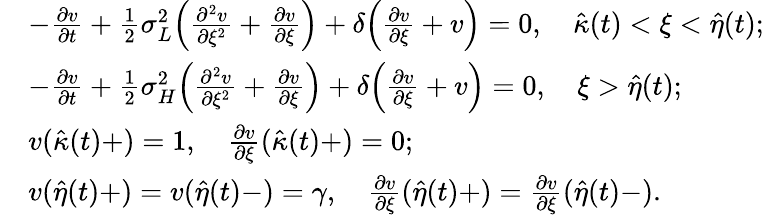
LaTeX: \begin{array}{rl}&{-\frac{\partial v}{\partial t}+\frac 12\sigma_{L}^{2}\Big(\frac{\partial^{2}v}{\partial\xi^{2}}+\frac{\partial v}{\partial\xi}\Big)+\delta\Big(\frac{\partial v}{\partial\xi}+v\Big)=0,\quad\hat{\kappa}(t)<\xi<\hat{\eta}(t);}\\ &{-\frac{\partial v}{\partial t}+\frac 12\sigma_{H}^{2}\Big(\frac{\partial^{2}v}{\partial\xi^{2}}+\frac{\partial v}{\partial\xi}\Big)+\delta\Big(\frac{\partial v}{\partial\xi}+v\Big)=0,\quad\xi>\hat{\eta}(t);}\\ &{v(\hat{\kappa}(t)+)=1,\quad\frac{\partial v}{\partial\xi}(\hat{\kappa}(t)+)=0;}\\ &{v(\hat{\eta}(t)+)=v(\hat{\eta}(t)-)=\gamma,\quad\frac{\partial v}{\partial\xi}(\hat{\eta}(t)+)=\frac{\partial v}{\partial\xi}(\hat{\eta}(t)-).}\end{array}